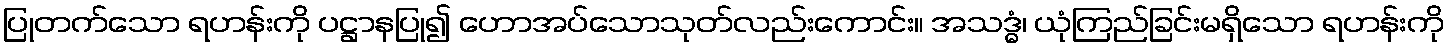
ပြုတက်သော ရဟန်းကို ပဋ္ဌာနပြု၍ ဟောအပ်သောသုတ်လည်းကောင်း။ အသဒ္ဓံ၊ ယုံကြည်ခြင်းမရှိသော ရဟန်းကို